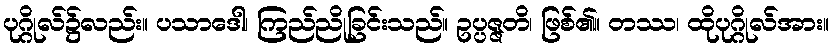
ပုဂ္ဂိုလ်၌လည်း။ ပသာဒေါ၊ ကြည်ညိုခြင်းသည်။ ဥပ္ပဇ္ဇတိ၊ ဖြစ်၏။ တဿ၊ ထိုပုဂ္ဂိုလ်အား။